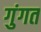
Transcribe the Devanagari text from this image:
गुंगत